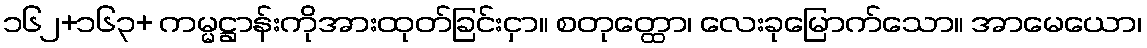
၁၆၂+၁၆၃+ ကမ္မဋ္ဌာန်းကိုအားထုတ်ခြင်းငှာ။ စတုတ္ထော၊ လေးခုမြောက်သော။ အာမေယော၊